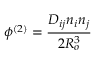
\phi ^ { ( 2 ) } = \frac { D _ { i j } n _ { i } n _ { j } } { 2 R _ { o } ^ { 3 } }